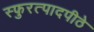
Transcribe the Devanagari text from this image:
स्फुरत्पादपीठे